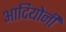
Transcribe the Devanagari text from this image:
आदियोनी